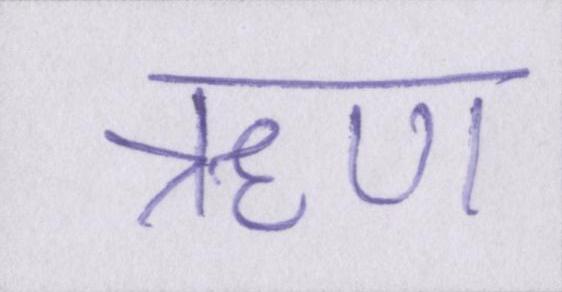
ॠण